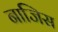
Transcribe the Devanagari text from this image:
नाजिस